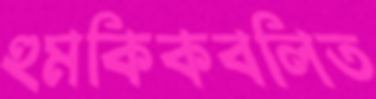
হুমকিকবলিত